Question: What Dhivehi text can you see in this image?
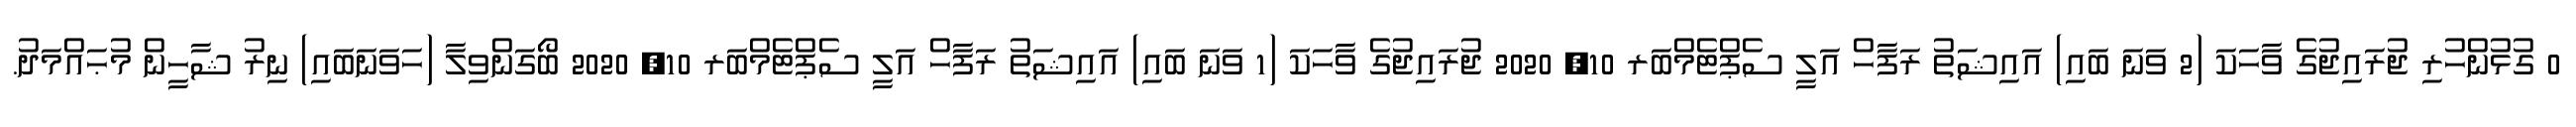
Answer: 0 ގުޅުންހުރި ޖުރައިޖުގެ ވާހަކަ (2 ވަނަ ބައި) އައިޝަތު ރަފާހް އަލީ ސެޕްޓެމްބަރ 10, 2020 ޖުރައިޖުގެ ވާހަކަ (1 ވަނަ ބައި) އައިޝަތު ރަފާހް އަލީ ސެޕްޓެމްބަރ 10, 2020 ބޯގަންވިލާ (ހަވަނަބައި) ނިރު ޝާހީން މުޙައްމަދު.